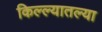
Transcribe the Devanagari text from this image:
किल्ल्यातल्या